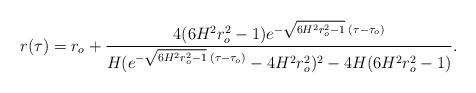
LaTeX: \begin{align*}r(\tau)=r_o+\frac{4(6H^2r^2_o-1)e^{-\sqrt{6H^2r^2_o-1}\;(\tau-\tau_o)}}{H(e^{-\sqrt{6H^2r^2_o-1}\;(\tau-\tau_o)}-4H^2r^2_o)^2-4H(6H^2r^2_o-1)}.\end{align*}